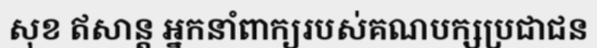
សុខ ឥសាន្ត អ្នកនាំពាក្យរបស់គណបក្សប្រជាជន